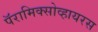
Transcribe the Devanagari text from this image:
पॅरामिक्सोव्हायरस